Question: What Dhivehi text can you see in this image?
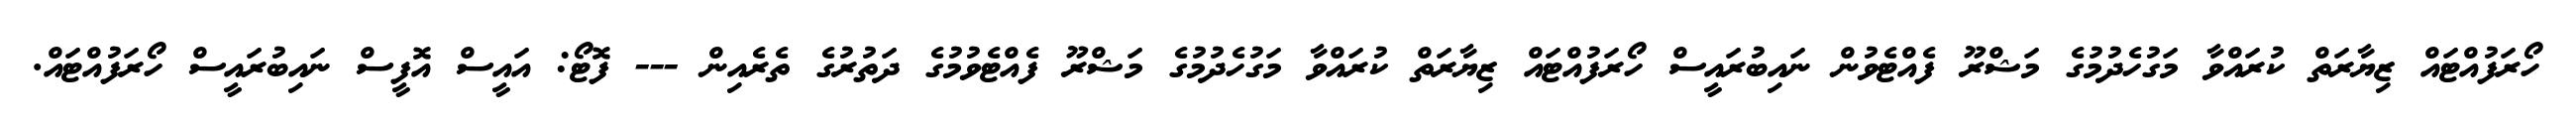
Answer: ހޯރަފުއްޓައް ޒިޔާރަތް ކުރައްވާ މަގުހެދުމުގެ މަޝްރޫ ފެއްޓެވުން ނައިބުރައީސް ހޯރަފުއްޓައް ޒިޔާރަތް ކުރައްވާ މަގުހެދުމުގެ މަޝްރޫ ފެއްޓެވުމުގެ ދަތުރުގެ ތެރެއިން --- ފޮޓޯ: އައީސް އޮފީސް ނައިބުރައީސް ހޯރަފުއްޓައް.